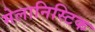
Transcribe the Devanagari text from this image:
मेलानिस्टिक